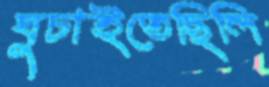
ঘুচাইতেছিলি